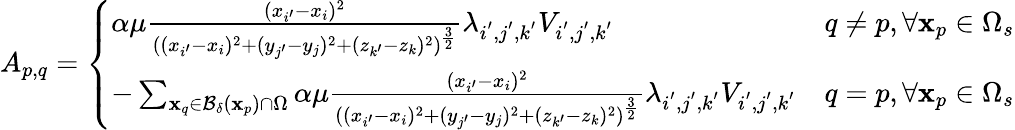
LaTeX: A_{p,q}=\left\{ \begin{array}{ll}{\alpha\mu\frac{(x_{i^{\prime}}-x_{i})^{2}}{((x_{i^{\prime}}-x_{i})^{2}+(y_{j^{\prime}}-y_{j})^{2}+(z_{k^{\prime}}-z_{k})^{2})^{\frac{3}{2}}}\lambda_{i^{'},j^{'},k^{'}}V_{i^{'},j^{'},k^{'}}}&{q\neq p,\forall\mathbf{x}_{p}\in\Omega_{s}}\\ {-\sum_{\mathbf{x}_{q}\in\mathcal{B}_{\delta}(\mathbf{x}_{p})\cap\Omega}\alpha\mu\frac{(x_{i^{\prime}}-x_{i})^{2}}{((x_{i^{\prime}}-x_{i})^{2}+(y_{j^{\prime}}-y_{j})^{2}+(z_{k^{\prime}}-z_{k})^{2})^{\frac{3}{2}}}\lambda_{i^{'},j^{'},k^{'}}V_{i^{'},j^{'},k^{'}}}&{q=p,\forall\mathbf{x}_{p}\in\Omega_{s}}\end{array}\right.